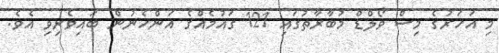
މި އަހަރުގެ މިސް ވޯލްޑް މުބާރާތުގައި 121 ގައުމެއްގެ އަންހެނުން ބައިވެރިވި އެވެ.